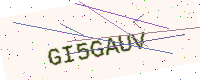
Text: GI5GAUV